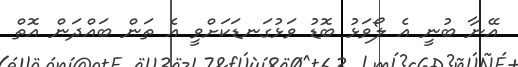
އޭނާ ބުނީ އެ ލޯވަޅު ބޮޑު ވަޅުގަނޑަކަށްވީ އެ ތަން ބައްދަން އޮތް